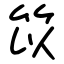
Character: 笖